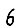
Digit: 6